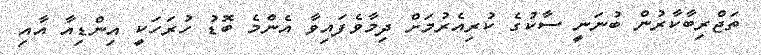
ތަޖްރިބާކާރުން ބުނަނީ ސާކުގެ ކުރިއެރުމަށް ދިމާވެފައިވާ އެންމެ ބޮޑު ހުރަހަކީ އިންޑިއާ އާއި